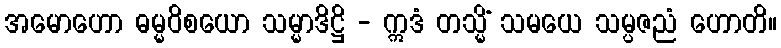
အမောဟော ဓမ္မဝိစယော သမ္မာဒိဋ္ဌိ - ဣဒံ တသ္မိံ သမယေ သမ္ပဇညံ ဟောတိ။